Vaccine operations Central Provinces 1900-1911 - 1900-1911
Year: 1900
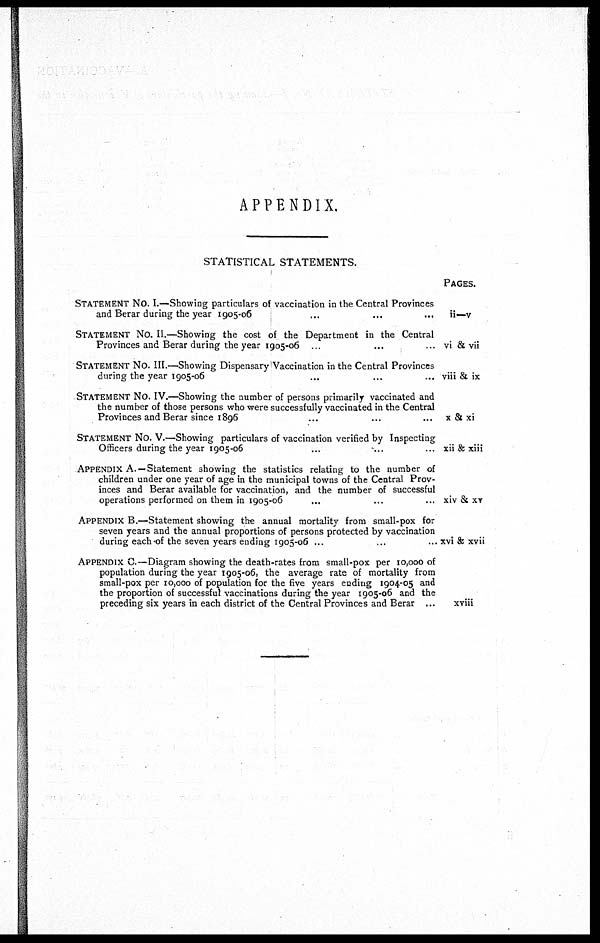
APPENDIX.
STATISTICAL STATEMENTS.
STATEMENT No. I.—Showing particulars of vaccination in the Central Provinces
and Berar during the year 1905-06...
...
...
STATEMENT NO. II.—Showing the cost of the Department in the Central
Provinces and Berar during the year 1905-06... ... ...
STATEMENT NO. III.—Showing Dispensary Vaccination in the Central Provinces
during the year 1905-06... ... ...
STATEMENT NO. IV.—Showing the number of persons primarily vaccinated and
the number of those persons who were successfully vaccinated in the Central
Provinces and Berar since 1896... ... ...
STATEMENT No. V.—Showing particulars of vaccination verified by Inspecting
Officers during the year 1905-06... ... ...
APPENDIX A.—Statement showing the statistics relating to the number of
children under one year of age in the municipal towns of the Central Prov-
inces and Berar available for vaccination, and the number of successful
operations performed on them in 1905-06... ... ...
APPENDIX B.—Statement showing the annual mortality from small-pox for
seven years and the annual proportions of persons protected by vaccination
during each of the seven years ending 1905-06... ... ...
APPENDIX C.—Diagram showing the death-rates from small-pox per 10,000 of
population during the year 1905-06, the average rate of mortality from
small-pox per 10,000 of population for the five years ending 1904-05 and
the proportion of successful vaccinations during the year 1905-06 and the
preceding six years in each district of the Central Provinces and Berar...
PAGES.
ii—v
vi & vii
viii & ix
x & xi
xii & xiii
xiv & XV
xvi & xvii
xviii